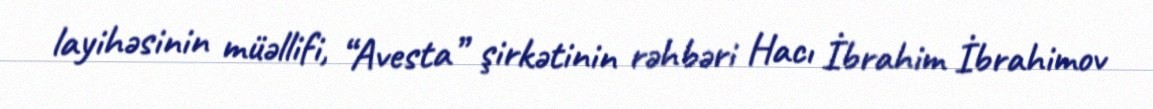
layihəsinin müəllifi, “Avesta” şirkətinin rəhbəri Hacı İbrahim İbrahimov